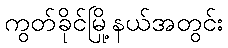
ကွတ်ခိုင်မြို့နယ်အတွင်း